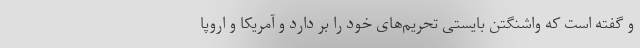
و گفته است که واشنگتن بایستی تحریم‌های خود را بر دارد و آمریکا و اروپا